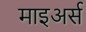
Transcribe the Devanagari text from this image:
माइअर्स